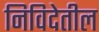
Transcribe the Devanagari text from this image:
निविदेतील